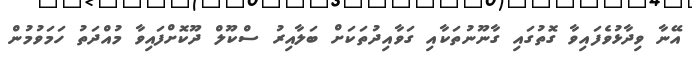
އޭނާ ވިދާޅުވެފައިވާ ގޮތުގައި ގާނޫނުތަކާއި ގަވާއިދުތަކަށް ބަލާއިރު ސްކޫލް ދޫކޮށްފައިވާ މުއްދަތު ހަމަވުމުން